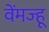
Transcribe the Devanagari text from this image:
वेंमज्हू